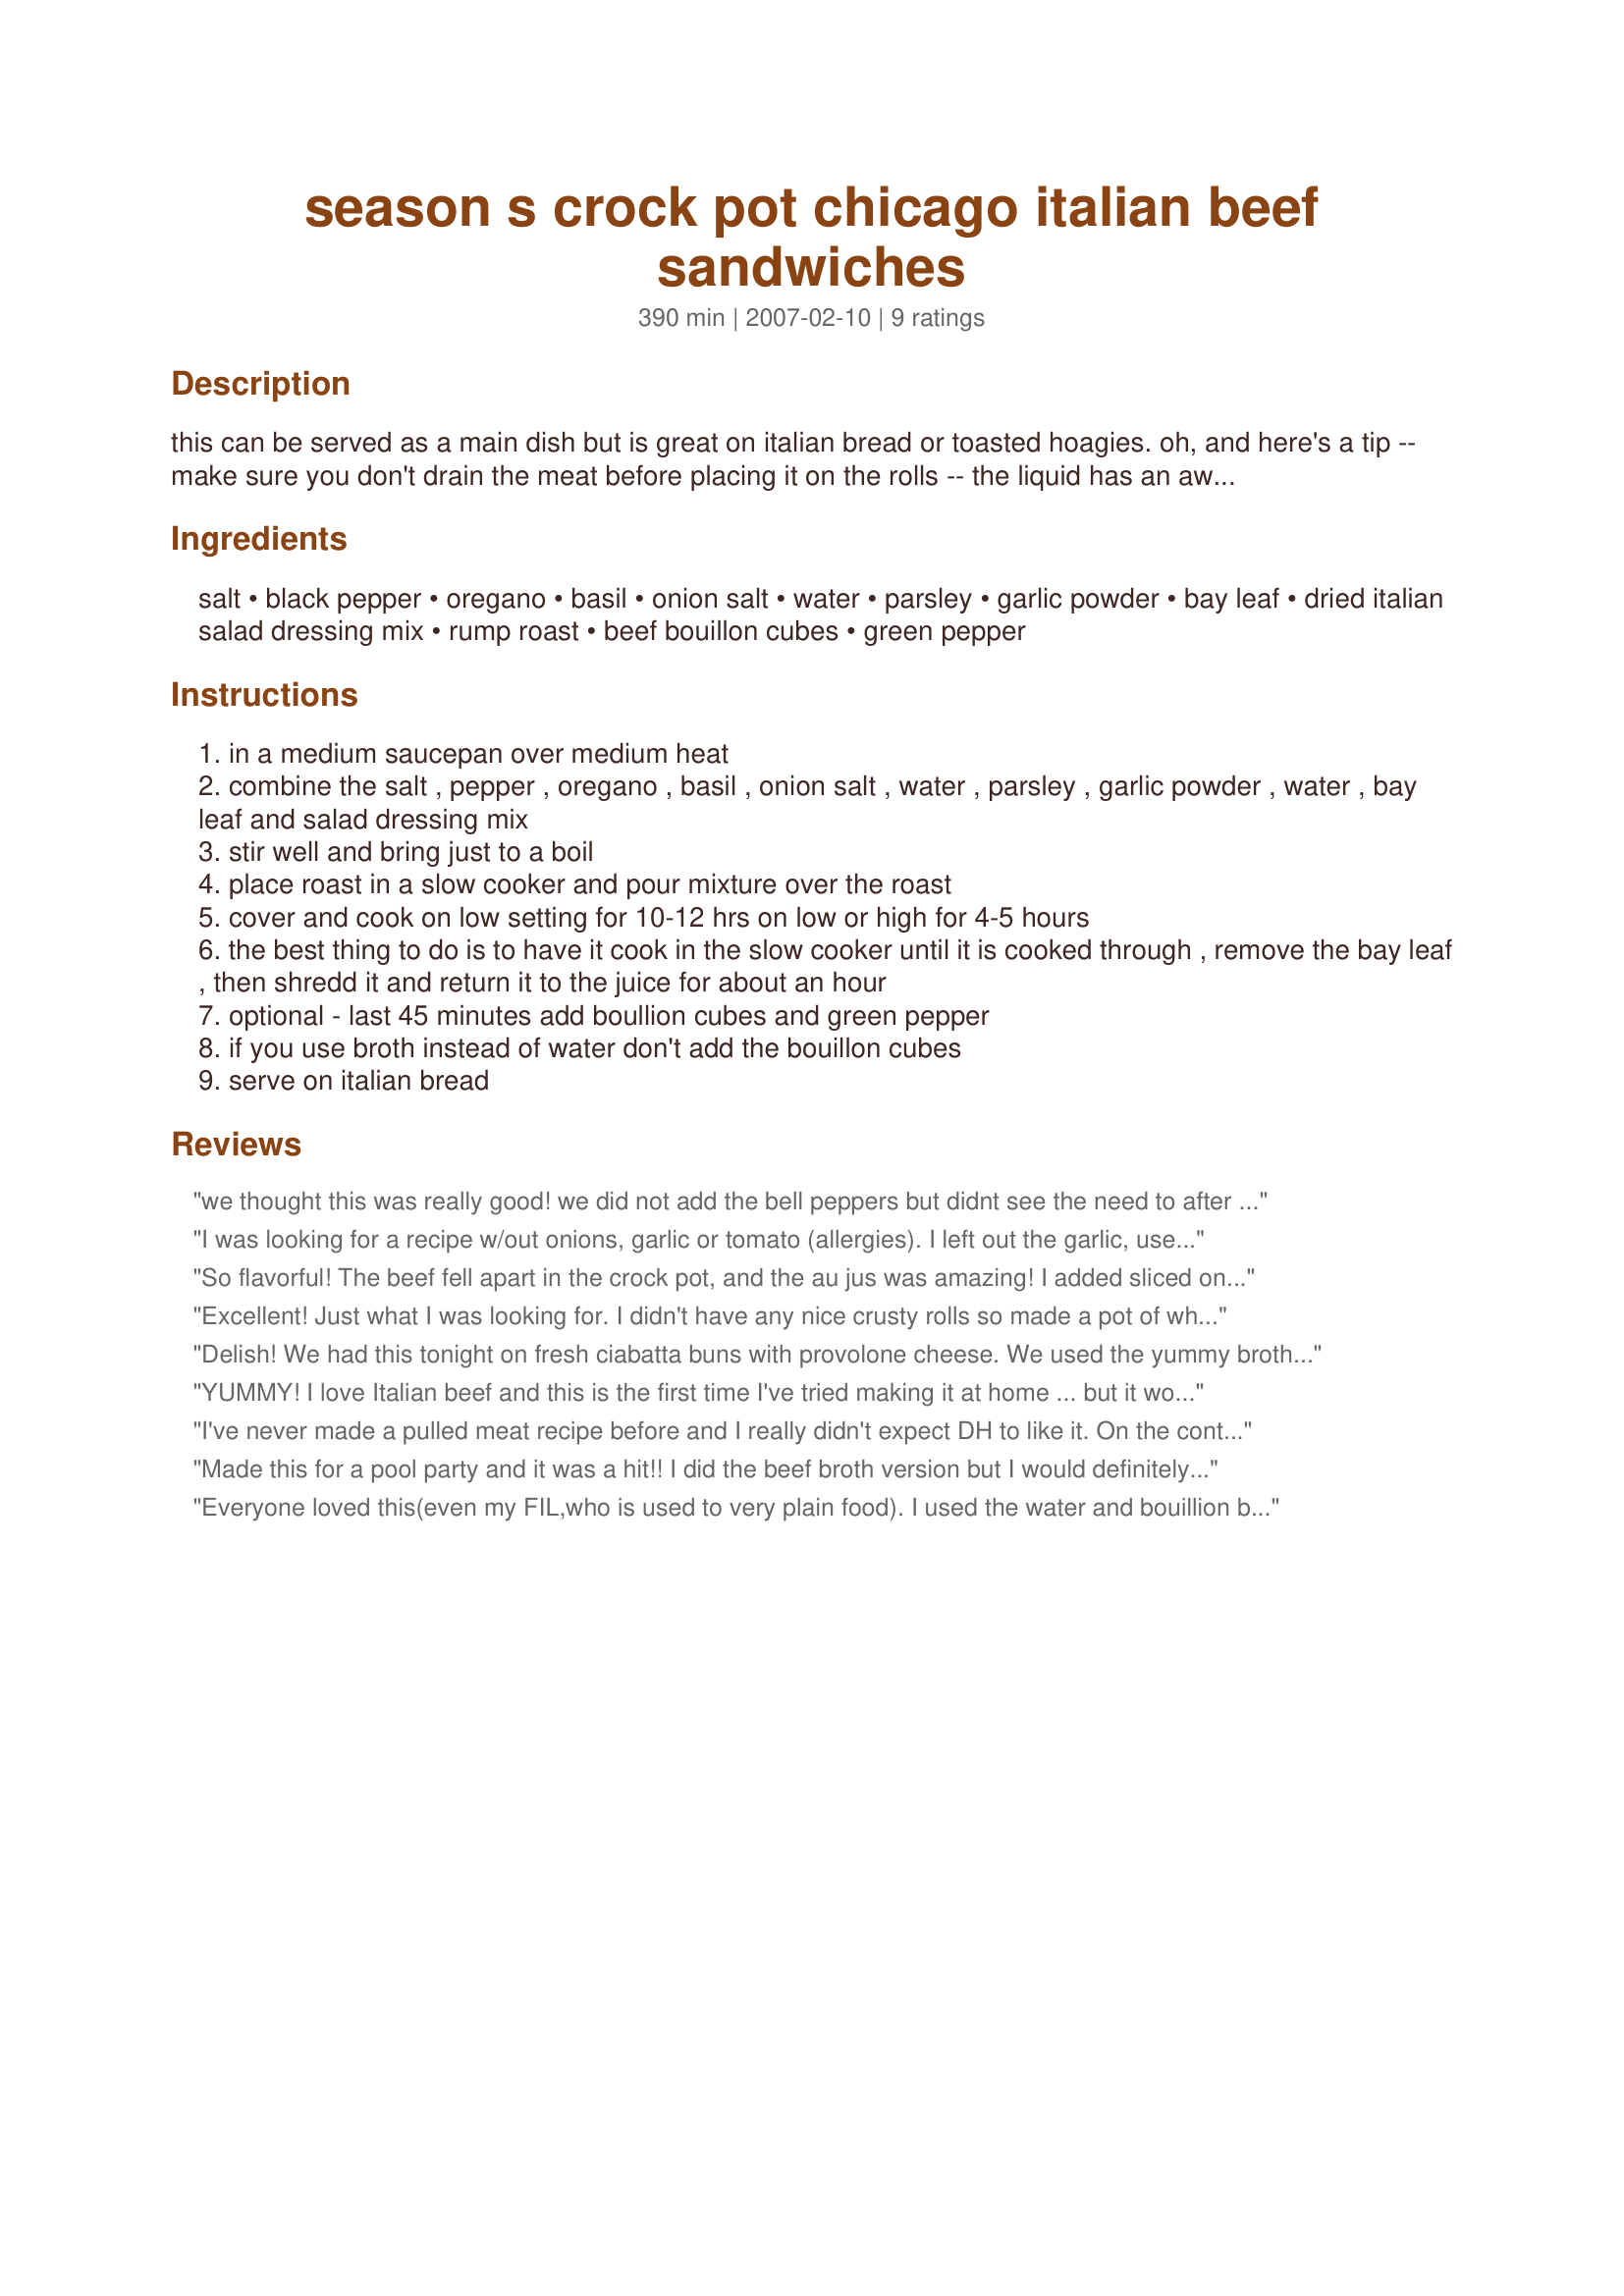
season s crock pot chicago italian beef sandwiches
Preparation time: 390 minutes

this can be served as a main dish but is great on italian bread or toasted hoagies. oh, and here's a tip -- make sure you don't drain the meat before placing it on the rolls -- the liquid has an awesome taste, so make sure you get plenty of it on your sandwich for the best flavor. in chicago they say "the wetter, the better" when it comes to italian beef sandwiches!!

Ingredients:
salt, black pepper, oregano, basil, onion salt, water, parsley, garlic powder, bay leaf, dried italian salad dressing mix, rump roast, beef bouillon cubes, green pepper

Steps:
in a medium saucepan over medium heat
combine the salt , pepper , oregano , basil , onion salt , water , parsley , garlic powder , water , bay leaf and salad dressing mix
stir well and bring just to a boil
place roast in a slow cooker and pour mixture over the roast
cover and cook on low setting for 10-12 hrs on low or high for 4-5 hours
the best thing to do is to have it cook in the slow cooker until it is cooked through , remove the bay leaf , then shredd it and return it to the juice for about an hour
optional - last 45 minutes add boullion cubes and green pepper
if you use broth instead of water don't add the bouillon cubes
serve on italian bread

Reviews:
we thought this was really good! we did not add the bell peppers but didnt see the need to after eating it..i felt it was a little salty but my husband loved it!!
I was looking for a recipe w/out onions, garlic or tomato (allergies). I left out the garlic, used 1/8 tsp powdered bay leaf, 3 lb roast and broth. I also browned the roast on all sides first. Made a lovely broth that I am freezing for future recipes that call for beef broth. The meat disappeared quickly! Thanks much. UPDATE: This made it into my Top Fav's of 2009 cookbook. Original Review 9-10-09.
So flavorful! The beef fell apart in the crock pot, and the au jus was amazing! I added sliced onions, red, orange, and yellow bell peppers, and half of a jar of sweet banana peppers about an hour before it was done cooking. I also made homemade hoagie buns to serve it on, which were great! (Pammy's Hoagies #161440) Thank you! We will definitely be making this again!
Excellent! Just what I was looking for. I didn't have any nice crusty rolls so made a pot of white rice to serve it over. Great combination. I didn't do anything different with recipe, except left out the green peppers since my Hubby doesn't like them. Definitely high salt though, so cut back if you don't have a salty palette. For once he didn't have to ADD salt to his dinner. A keeper!
Delish! We had this tonight on fresh ciabatta buns with provolone cheese. We used the yummy broth as au jus and dipped away! I made this as directed and wouldn't change anything. The spices were very nice and not overpowering. Made for 2009 Faves. Thanks Hill Family! :)
YUMMY! I love Italian beef and this is the first time I've tried making it at home ... but it won't be the last. This recipe is awesome and so easy -- the crock pot does all the work. I followed it exactly with the exception of the meat ... I had a chuck roast I was planning to fix today anyway and then decided to use it in this recipe. I even added the bouillon cubes and green pepper at the end. It made great sandwiches which I topped with swiss cheese. The blend of spices is just perfect. This recipe rocks! Thanks for sharing.
I've never made a pulled meat recipe before and I really didn't expect DH to like it. On the contrary, it got 5 stars from him! In fact we were 3 tonight and we all gave this recipe a 5 rating. I couldn't get any dry salad dressing mix at our store so I used a cup if fat free Italian dressing in a bottle and skipped the water ( I made a half amount). I still added the rest of the ingredients and was a bit paranoid when I tasted the finished seasoning mix because, boy, was it strong! I forged ahead and I'm so glad I did because we got the tastiest beef we have had in a very long time. I didn't have the buns and the guys wanted potatoes so I split baked spuds and topped them with the beef. I didn't add any bouillon (didn't think it was needed) but I did add red bell pepper. OH, and I didn't add the salt and pepper first listed and never missed it. I can't wait to try it in buns. I loved the way the pulled meat absorbs all of the liquid when I put it back into the crock pot to rewarm before dinner. I made it yesterday and chilled overnight so I could skim off all of the fat. I'm sure that this will show up repeatedly at our house. Made for Photo Tag.
Made this for a pool party and it was a hit!! I did the beef broth version but I would definitely do the least amount of liquid. After 10 hours there was a lot of liquid from the meat so I felt it diluted the flavor, plus there is still plenty of gravy. Seemed biggest complaint on reviews was being too salty so I substituted the onion salt with onion powder and used low sodium beef broth. Don't use beef broth from can, as I think it has a tin flavor, use the box kind. Added peppers and sliced onion three hours before serving, delicious!! Also I doubled the recipe using 8 1/2 lb roast but again ease up on broth or water.
Everyone loved this(even my FIL,who is used to very plain food). I used the water and bouillion but left out the green pepper because I only had red and didn't know if thast would matter. I served it "open face" style on white sandwich bread. The only complaint was (from my fiance) that at the end all the flavors got to be a little "strong",but he cleaned his plate!!
